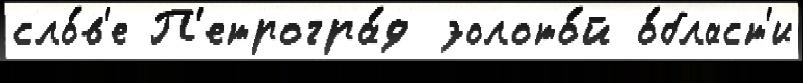
сло́в'е П'етрогра́д золото́й о́бласт'и